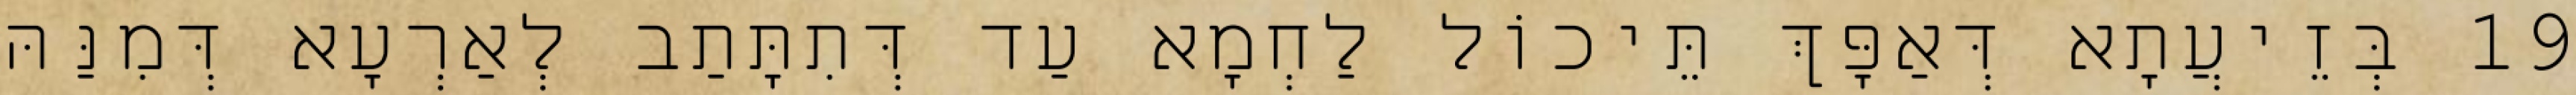
19 בְּזֵיעֲתָא דְּאַפָּךְ תֵּיכוֹל לַחְמָא עַד דְּתִתָּתַב לְאַרְעָא דְּמִנַּהּ